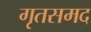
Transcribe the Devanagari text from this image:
गृतसमद